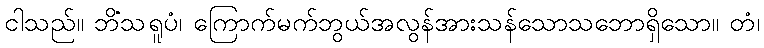
ငါသည်။ ဘိံသရူပံ၊ ကြောက်မက်ဘွယ်အလွန်အားသန်သောသဘောရှိသော။ တံ၊